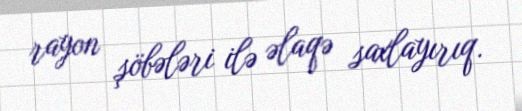
rayon şöbələri ilə əlaqə saxlayırıq.